Madras plague regulations and rules for the city of Madras
Disease focus: Plague
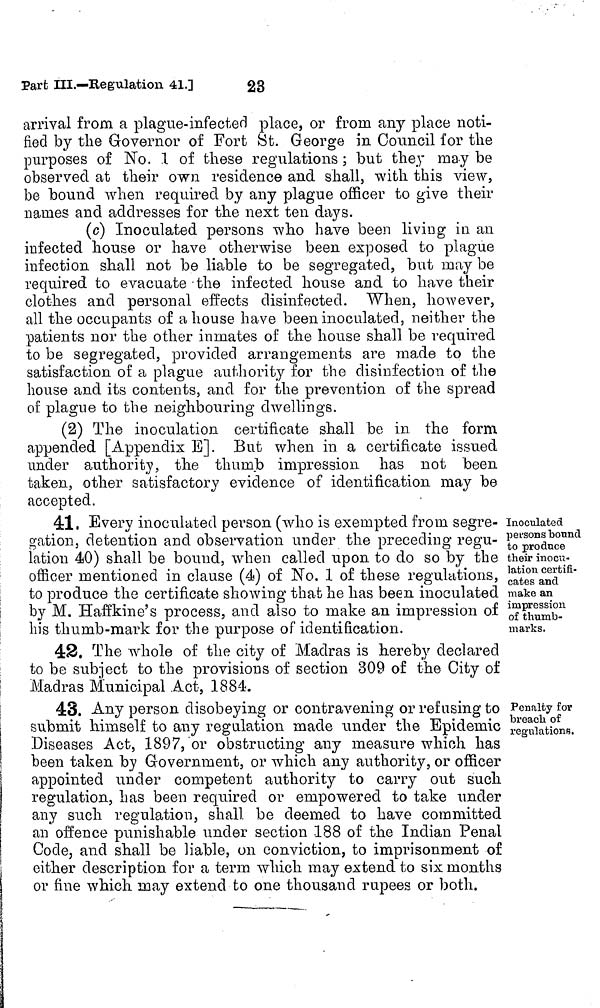
arrival from a plague-infected place, or from any place noti-
fied by the Governor of Fort St. George in Council for the
purposes of No. 1 of these regulations ; but they may be
observed at their own residence and shall, with this view,
be bound when required by any plague officer to give their
names and addresses for the next ten days.
(c) Inoculated persons who have been living in an
infected house or have otherwise been exposed to plague
infection shall not be liable to be segregated, but may be
required to evacuate the infected house and to have their
clothes and personal effects disinfected. When, however,
all the occupants of a house have been inoculated, neither the
patients nor the other inmates of the house shall be required
to be segregated, provided arrangements are made to the
satisfaction of a plague authority for the disinfection of the
house and its contents, and for the prevention of the spread
of plague to the neighbouring dwellings.
(2) The inoculation certificate shall be in the form
appended [Appendix E]. But when in a certificate issued
under authority, the thumb impression has not been
taken, other satisfactory evidence of identification may be
accepted.
Inoculated
persons bound
to produce
their inocu-
lation, certifi-
cates and
make an
impression
of thumb-
marks.
41, Every inoculated person (who is exempted from segre-
gation, detention and observation under the preceding regu-
lation 40) shall be bound, when called upon to do so by the
officer mentioned in clause (4) of No. 1 of these regulations,
to produce the certificate showing that he has been inoculated
by M. Haffkine's process, and also to make an impression of
his thumb-mark for the purpose of identification.
42. The whole of the city of Madras is hereby declared
to be subject to the provisions of section 309 of the City of
Madras Municipal Act, 1884.
Penalty for
breach of
regulations.
43. Any person disobeying or contravening or refusing to
submit himself to any regulation made under the Epidemic
Diseases Act, 1897, or obstructing any measure which has
been taken by Government, or which any authority, or officer
appointed under competent authority to carry out such
regulation, has been required or empowered to take under
any such regulation, shall be deemed to have committed
an offence punishable under section 188 of the Indian Penal
Code, and shall be liable, on conviction, to imprisonment of
either description for a term which may extend to six months
or fine which may extend to one thousand rupees or both.